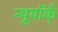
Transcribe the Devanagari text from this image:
न्यूयॉर्क्